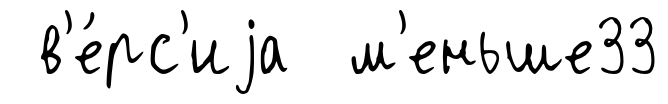
в'е́рс'иjа м'еньше33